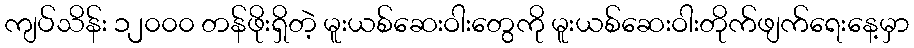
ကျပ်သိန်း ၁၂၀၀၀ တန်ဖိုးရှိတဲ့ မူးယစ်ဆေးဝါးတွေကို မူးယစ်ဆေးဝါးတိုက်ဖျက်ရေးနေ့မှာ